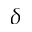
\delta